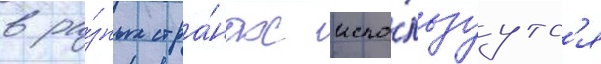
в ра́зных стра́нах испо́льзуутс'я